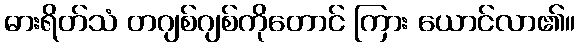
ဓားရိတ်သံ တဂျစ်ဂျစ်ကိုတောင် ကြား ယောင်လာ၏။